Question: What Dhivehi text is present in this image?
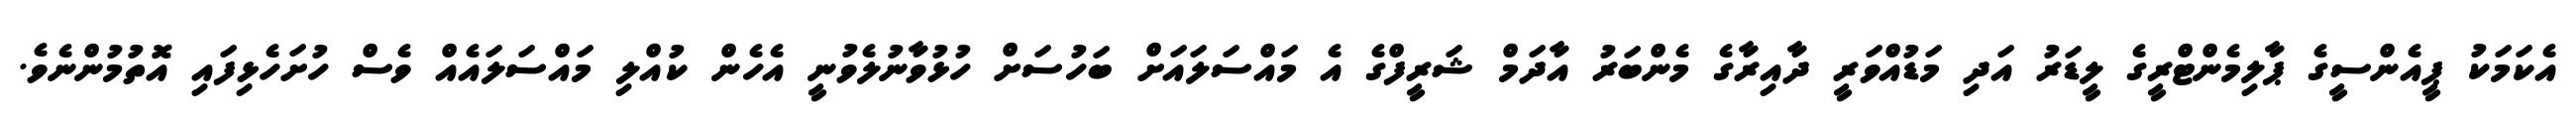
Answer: އެކަމަކު ޕީއެންސީގެ ޕާލިމެންޓްރީގެ ލީޑަރު އަދި މަޑުއްވަރީ ދާއިރާގެ މެންބަރު އާދަމް ޝަރީފްގެ އެ މައްސަލައަށް ބަހުސަށް ހުޅުވާނުލެވުނީ އެހެން ކުއްލި މައްސަލައެއް ވެސް ހުށަހެޅިފައި އޮތުމުންނެވެ.